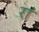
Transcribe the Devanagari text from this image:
रां